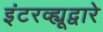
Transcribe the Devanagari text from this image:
इंटरव्ह्यूद्वारे